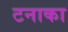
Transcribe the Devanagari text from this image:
टनाका